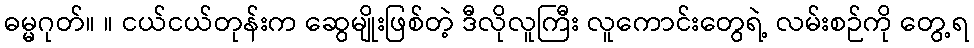
ဓမ္မဂုတ်။ ။ ငယ်ငယ်တုန်းက ဆွေမျိုးဖြစ်တဲ့ ဒီလိုလူကြီး လူကောင်းတွေရဲ့ လမ်းစဉ်ကို တွေ့ရ